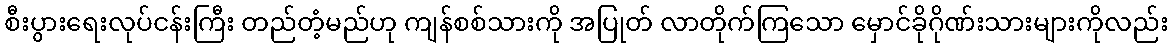
စီးပွားရေးလုပ်ငန်းကြီး တည်တံ့မည်ဟု ကျန်စစ်သားကို အပြုတ် လာတိုက်ကြသော မှောင်ခိုဂိုဏ်းသားများကိုလည်း